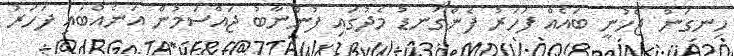
ހިނގަން ޖެހުނީ ބައެއް ފަހަރު ފެންގަނޑު މެދުގައި ފުންނާބު ޖައްސަމުން އަނެއްބައި ފަހަރު